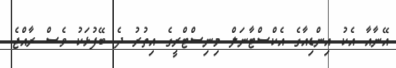
އޭނާއާ އެކު އިންޑިއާގެ އެކްސްޓާނަލް މިނިސްޓްރީގެ އިތުރު ދެ ބޭފުޅަކު ވެސް ރާއްޖެ